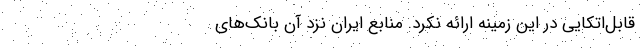
قابل‌اتکایی در این زمینه ارائه نکرد. منابع ایران نزد آن بانک‌های